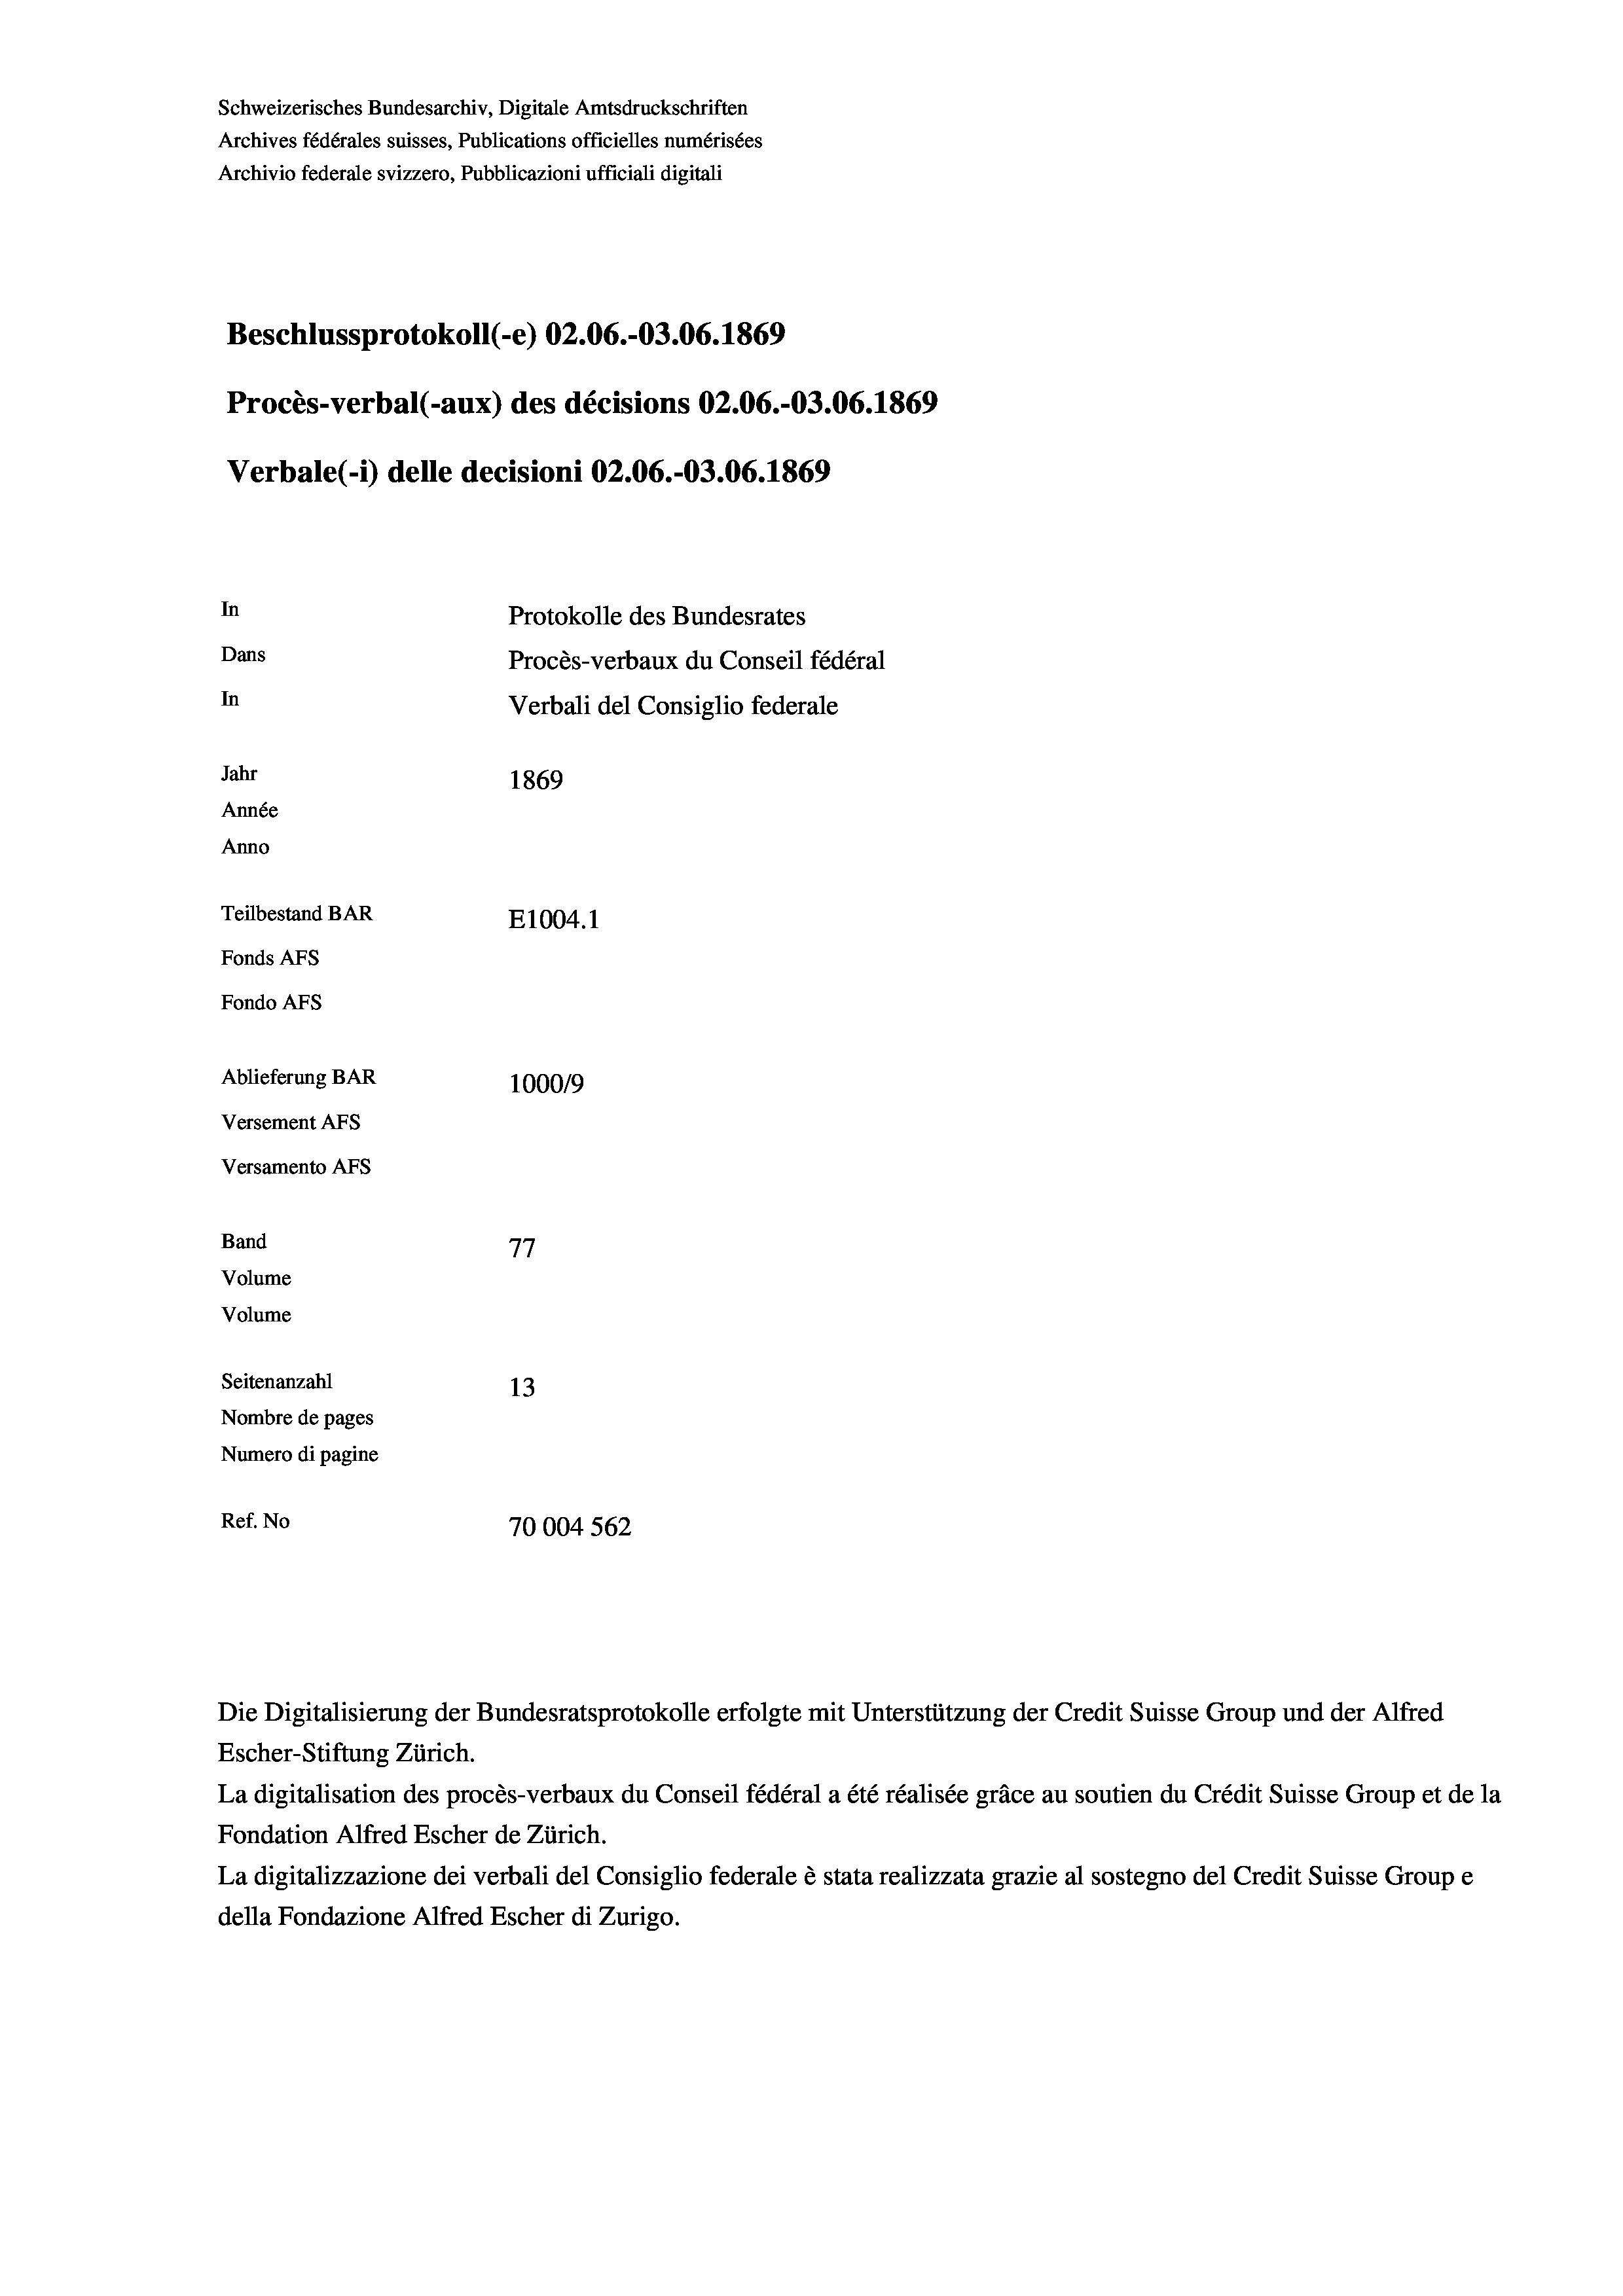
Schweizerisches Bundesarchiv, Digitale Amtsdruckschriften
Archives fédérales suisses, Publications officielles numérisées
Archivio federale svizzero, Pubblicazioni ufficiali digitali
Beschlussprotokoll (-e) 02.06.-03.06. 1869
Procès-verbal (-aux) des décisions 02.06.-03.06. 1869
Verbale (1) delle decisioni 02.06.-O3.06. 1869
In
Protokolle des Bundesrates
Dans
Procès-verbaux du Conseil fédéral
In
Verbali del Consiglio federale
Jahr
1869
Année
Anno
Teilbestand BAR
E1004.1
Fonds AFs
Fondo AFS
Ablieferung BAR
100019
Versement AFs
Versamento Afs
Band
77
Volume
Volume

Seitenanzahl
13
Nombre de pages
Numero di pagine
Ref. No
70004 562

Escher-Stiftung Zürich.
La digitalisation des procès-verbaux du Conseil fédéral a été réalisée gräce au soutien du Crédit Suisse Group et de la
Fondation Alfred Escher de Zürich.
La digitalizzazione dei verbali del Consiglio federale è stata realizzata grazie al sostegno del Credit Suisse Groupe
della Fondazione Alfred Escher di Zurigo.

Die Digitalisierung der Bundesratsprotokolle erfolgte mit Unterstützung der Credit Suisse Group und der Alfred